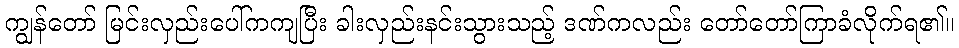
ကျွန်တော် မြင်းလှည်းပေါ်ကကျပြီး ခါးလှည်းနင်းသွားသည့် ဒဏ်ကလည်း တော်တော်ကြာခံလိုက်ရ၏။